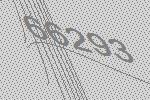
66293